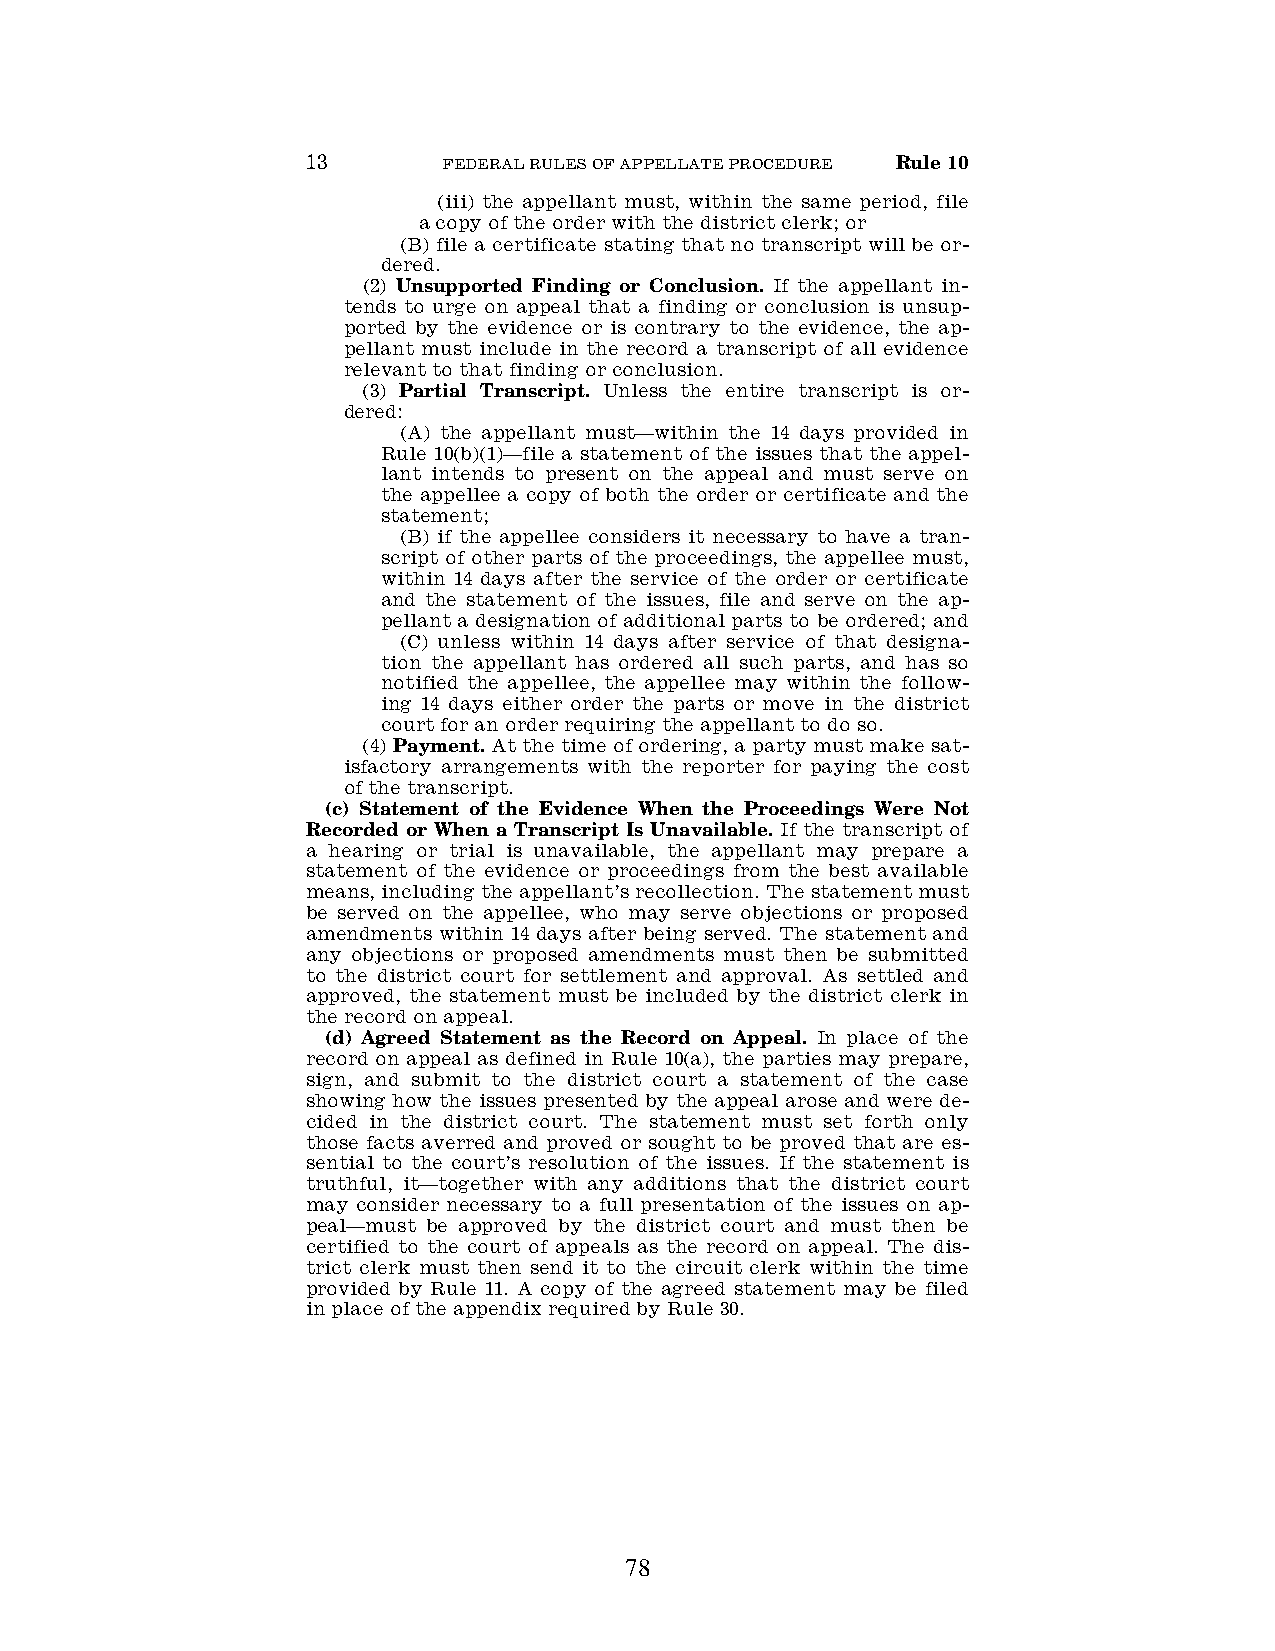
13       FEDERAL RULES OF APPELLATE PROCEDURE Rule 10
 (iii) the appellant must, within the same period, file
 a copy of the order with the district clerk; or
 (B) file a certificate stating that no transcript will be or-
 dered.
 (2) Unsupported Finding or Conclusion. If the appellant in-
 tends to urge on appeal that a finding or conclusion is unsup-
 ported by the evidence or is contrary to the evidence, the ap-
 pellant must include in the record a transcript of all evidence
 relevant to that finding or conclusion.
 (3) Partial Transcript. Unless the entire transcript is or-
 dered:
 (A) the appellant must—within the 14 days provided in
 Rule 10(b)(1)—file a statement of the issues that the appel-
 lant intends to present on the appeal and must serve on
 the appellee a copy of both the order or certificate and the
 statement;
 (B) if the appellee considers it necessary to have a tran-
 script of other parts of the proceedings, the appellee must,
 within 14 days after the service of the order or certificate
 and the statement of the issues, file and serve on the ap-
 pellant a designation of additional parts to be ordered; and
 (C) unless within 14 days after service of that designa-
 tion the appellant has ordered all such parts, and has so
 notified the appellee, the appellee may within the follow-
 ing 14 days either order the parts or move in the district
 court for an order requiring the appellant to do so.
 (4) Payment. At the time of ordering, a party must make sat-
 isfactory arrangements with the reporter for paying the cost
 of the transcript.
 (c) Statement of the Evidence When the Proceedings Were Not
 Recorded or When a Transcript Is Unavailable. If the transcript of
 a hearing or trial is unavailable, the appellant may prepare a
 statement of the evidence or proceedings from the best available
 means, including the appellant’s recollection. The statement must
 be served on the appellee, who may serve objections or proposed
 amendments within 14 days after being served. The statement and
 any objections or proposed amendments must then be submitted
 to the district court for settlement and approval. As settled and
 approved, the statement must be included by the district clerk in
 the record on appeal.
 (d) Agreed Statement as the Record on Appeal. In place of the
 record on appeal as defined in Rule 10(a), the parties may prepare,
 sign, and submit to the district court a statement of the case
 showing how the issues presented by the appeal arose and were de-
 cided in the district court. The statement must set forth only
 those facts averred and proved or sought to be proved that are es-
 sential to the court’s resolution of the issues. If the statement is
 truthful, it—together with any additions that the district court
 may consider necessary to a full presentation of the issues on ap-
 peal—must be approved by the district court and must then be
 certified to the court of appeals as the record on appeal. The dis-
 trict clerk must then send it to the circuit clerk within the time
 provided by Rule 11. A copy of the agreed statement may be filed
 in place of the appendix required by Rule 30.
 78